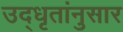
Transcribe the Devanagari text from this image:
उद्‌धृतांनुसार